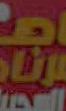
ي